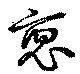
裒